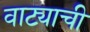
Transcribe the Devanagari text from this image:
वाट्याची